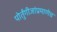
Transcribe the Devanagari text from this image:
पोर्तुंगीजांप्रमाणेच